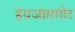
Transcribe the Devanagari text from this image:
इंग्रजांसमोर